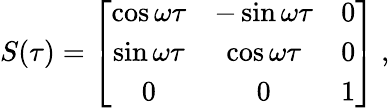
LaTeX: {\mathbf\cal S}(\tau)=\left[\begin{array}{ccc}{\cos\omega\tau}&{-\sin\omega\tau}&{0}\\ {\sin\omega\tau}&{\cos\omega\tau}&{0}\\ {0}&{0}&{1}\end{array}\right]\ ,